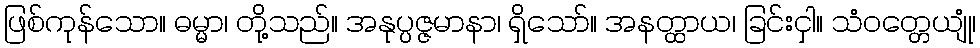
ဖြစ်ကုန်သော။ ဓမ္မာ၊ တို့သည်။ အနုပ္ပဇ္ဇမာနာ၊ ရှိသော်။ အနတ္ထာယ၊ ခြင်းငှါ။ သံဝတ္တေယျုံ၊